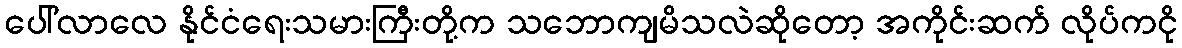
ပေါ်လာလေ နိုင်ငံရေးသမားကြီးတို့က သဘောကျမိသလဲဆိုတော့ အကိုင်းဆက် လိုပ်ကငို